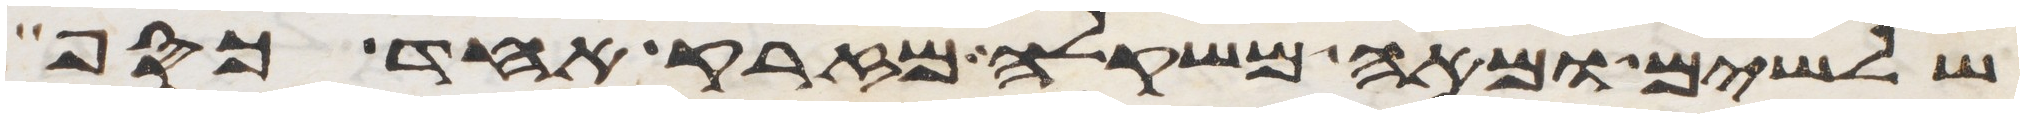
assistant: שלשים ומאה משקלה מזרק אחד כסף